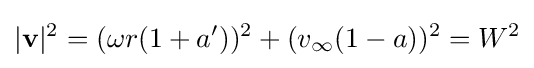
|\mathbf {v} |^{2}=(\omega r(1+a'))^{2}+(v_{\infty }(1-a))^{2}=W^{2}